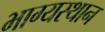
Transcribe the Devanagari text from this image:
भाग्यस्थान